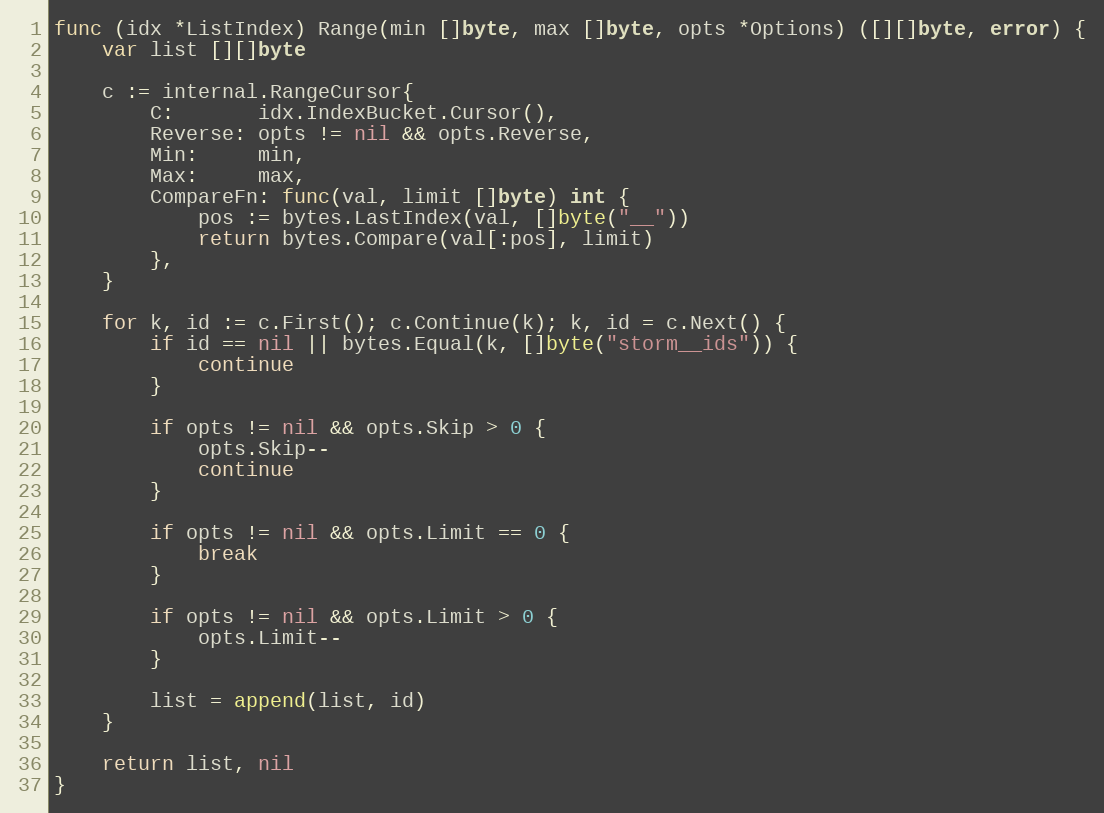
Language: Go
func (idx *ListIndex) Range(min []byte, max []byte, opts *Options) ([][]byte, error) {
	var list [][]byte

	c := internal.RangeCursor{
		C:       idx.IndexBucket.Cursor(),
		Reverse: opts != nil && opts.Reverse,
		Min:     min,
		Max:     max,
		CompareFn: func(val, limit []byte) int {
			pos := bytes.LastIndex(val, []byte("__"))
			return bytes.Compare(val[:pos], limit)
		},
	}

	for k, id := c.First(); c.Continue(k); k, id = c.Next() {
		if id == nil || bytes.Equal(k, []byte("storm__ids")) {
			continue
		}

		if opts != nil && opts.Skip > 0 {
			opts.Skip--
			continue
		}

		if opts != nil && opts.Limit == 0 {
			break
		}

		if opts != nil && opts.Limit > 0 {
			opts.Limit--
		}

		list = append(list, id)
	}

	return list, nil
}